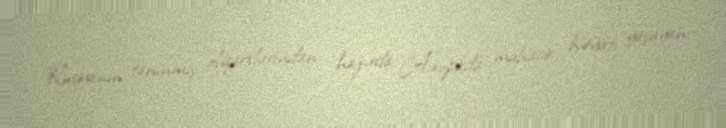
Rusiyanın tanınmış oliqarxlarından, hazırda Avropada mühacir həyatı yaşayan